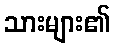
သားများ၏